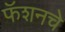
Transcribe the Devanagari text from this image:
फॅशनचे